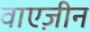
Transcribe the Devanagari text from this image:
वाएज़ीन